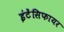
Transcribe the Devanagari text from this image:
इंटेंसिफायर